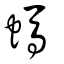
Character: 螞